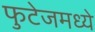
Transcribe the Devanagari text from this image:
फुटेजमध्ये